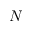
N